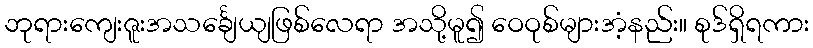
ဘုရားကျေးဇူးအသင်္ချေယျဖြစ်လေရာ အသို့မူ၍ ဝေဝုစ်များအံ့နည်း။ စုဒ်ရှိရကား